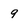
Character: 9